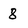
Character: 8